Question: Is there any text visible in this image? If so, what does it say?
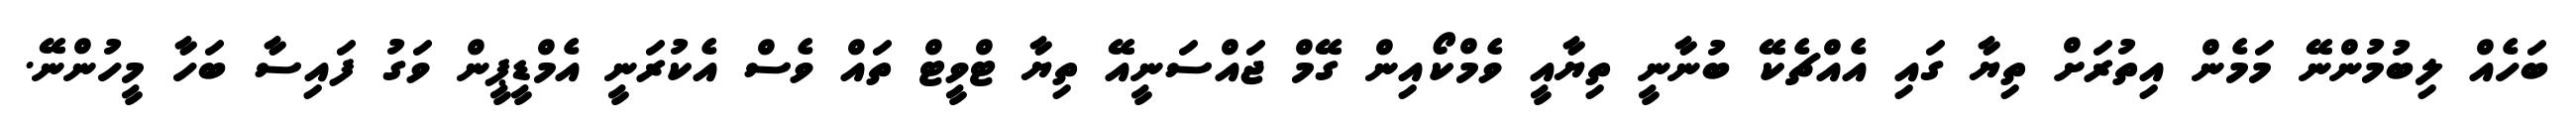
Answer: ބަހެއް ލިބުމުންނޭ މަމެން އިތުރަށް ތިޔާ ގައި އެއްޗެކޭ ބުނާނީ ތިޔާއީ ވެމްކޯއިން ގޭމް ޖައްސަނީއޭ ތިޔާ ޓްވީޓް ތައް ވެސް އެކުރަނީ އެމްޑީޕީން ވަގު ފައިސާ ބަހާ މީހުންނޭ.